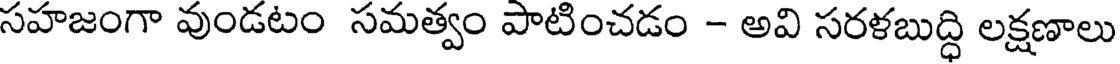
సహజంగా వుండటం సమత్వం పాటించడం - అవి సరళబుద్ధి లక్షణాలు